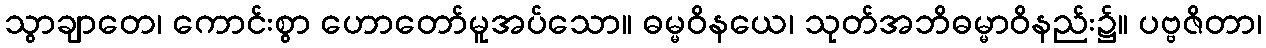
သွာချာတေ၊ ကောင်းစွာ ဟောတော်မူအပ်သော။ ဓမ္မဝိနယေ၊ သုတ်အဘိဓမ္မာဝိနည်း၌။ ပဗ္ဗဇိတာ၊